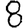
Digit: 8